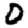
Digit: 0